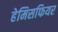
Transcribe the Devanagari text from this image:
हेमिसफियर